NAE_EAA_T-354_Tartu_Tamme_Gumnaasium, lk 4
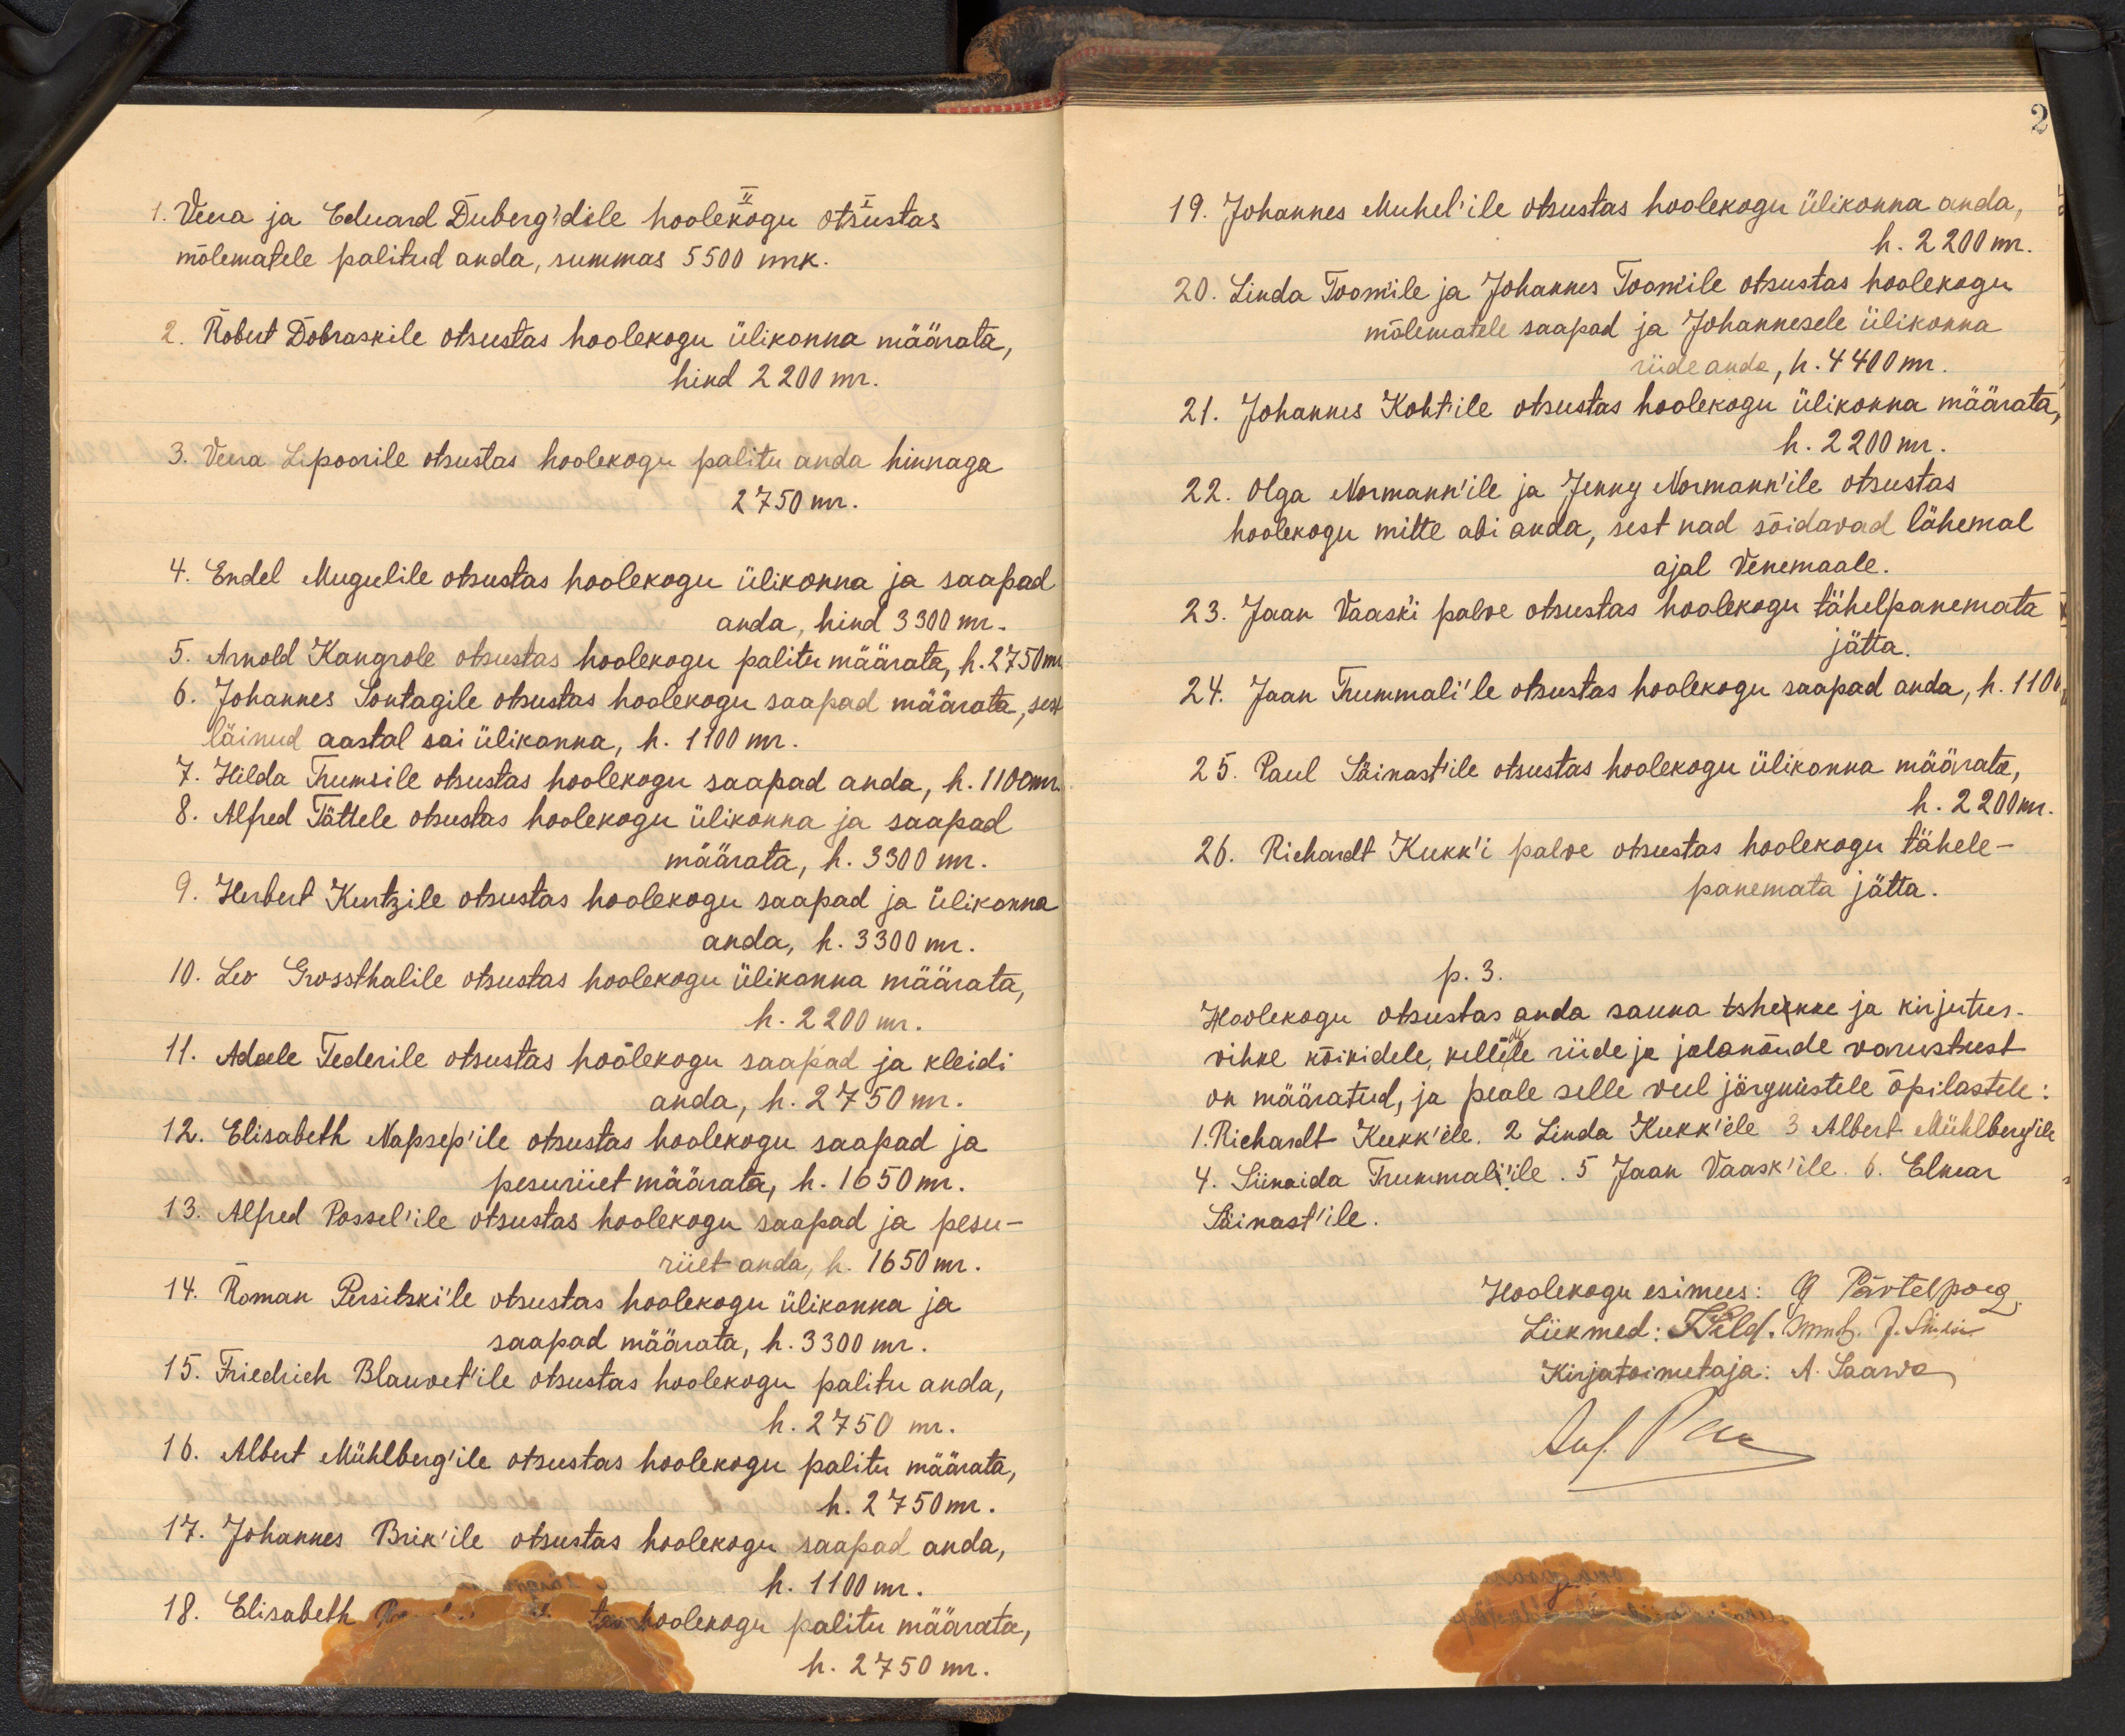
1.Veera ja Eduard Duberg`idele hoolekogu otsustas
mõlematele palitud anda, summas 5500 mk.
2. Robert Dobraskile otsustas hoolekogu ülikonna määrata,
hind 2 200 mr.
3. Veera Lipoorile otsustas hoolekogu palitu anda hinnaga
2750 mr.
4. Endel Mugulile otsustas hoolekogu ülikonna ja saapad
anda, hind 3300 mr.
5. Arnold Kangrole otsustas hoolekogu palitu määrata h. 2750 mk.
6. Johannes Sontagile otsustas hoolekogu saapad määrata, sest
läinud aastal sai ülikonna, h. 1100 mr.
7. Hilda Tumsile otsustas hoolekogu saapad anda, h. 1100mr.
8. Alfred Tättele otsustas hoolekogu ülikonna ja saapad
määrata, h. 3300 mr.
9. Herbert Kuntzile otsustas hoolekogu saapad ja ülikonna
anda, h. 3300 mr.
10. Leo Grossthalile otsustas hoolekogu ülikonnas määrata,
h. 2200 m.
11. Adeele Tederile otsustas hoolekogu saapad ja kleidi
anda, h. 2750 m.
12. Elisabeth Napsep'ile otsustas hoolekogu saapad ja
pesuriiet määrata, h. 1650 m.
13. Alfred Possel'ile otsustas hoolekogu saapad ja pesu-
riiet anda, h. 1650 mr.
14. Roman Persitskile otsustas hoolekogu ülikonna ja
saapad määrata, h. 3300 mr.
15. Friedrich Blauvet'ile otsustas hoolekogu palitu anda,
h. 2750 m.
16. Albert Mühlberg'ile otsustas hoolekogu palitu määrata,
h. 2750 m.
17. Johannes Brik'ile otsustas hoolekogu saapad anda,
h. 1100 m.
18. Elisabeth Reele ja tema hoolekogu palitu määrata,
h. 2750 m.

19. Johannes Muhel'ile otsustas hoolekogu ülikonna anda,
h. 2200 m.
20. Linda Toom'ile ja Johannes Toomile otsustas hoolekogu
mõlematele saapad ja Johannesele ülikonna
riide anda, h. 4400 mr.
21. Johannes Kohtile otsustas hoolekogu ülikonna määrata,
h. 2200 m.
22. Olga Normann'ile ja Jonneg Normenn'ile otsustas
hoolekogu mitte abi anda, sest nad sõidavad lähemal
ajal Venemaale.
23. Jaan Vaask'i palve otsustas hoolekogu tähelepanemata
jätta.
24. Jaan Tummali'le otsustas hoolekogu saapad anda, h. 110.
25. Paul Säinastile otsustas hoolekogu ülikonna määrata,
h. 2200 m.
26. Richardt Kukk'i palve otsustas hoolekogu tähele-
panemata jätta.
p. 3.
Hoolekogu otsustas anda sauna tshekke ja kirjutus-
vihke kõikidele, kelleldee riide ja jalanõude varustust
on määratud, ja peale selle veel järgmistele õpilastele:
1. Richaselt Kukk'ile. 2 Linda Kukk'ile 3 Albert Mühlberg`ile
4. Siinaida Trummal`ile. 5 Jaan Vaask'ile. 6. Elmar
Säinast'ile.
Hoolekogu esimees: G Pärtelpoeg
Liikmed: J. Sild. Umb. J. Siusin
Kirjatoimetaja: A. Saawa
Aus. Pea